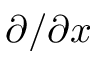
\partial / \partial x